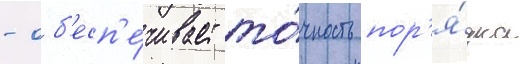
- об'есп'е́чивает то́чность пор'я́дка